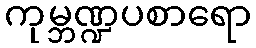
ကုမ္ဘဏ္ဍပစာရော